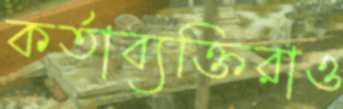
কর্তাব্যক্তিরাও